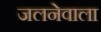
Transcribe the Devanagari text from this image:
जलनेवाला